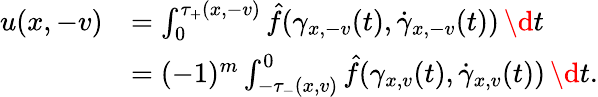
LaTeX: \begin{array}{rl}{u(x,-v)}&{=\int_{0}^{\tau_{+}(x,-v)}\hat{f}(\gamma_{x,-v}(t),\dot{\gamma}_{x,-v}(t))\, \d t}\\ &{=(-1)^{m}\int_{-\tau_{-}(x,v)}^{0}\hat{f}(\gamma_{x,v}(t),\dot{\gamma}_{x,v}(t))\, \d t.}\end{array}